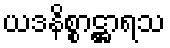
ယဒနိစ္စာဋ္ဌာရသ